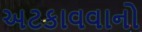
અટકાવવાનો